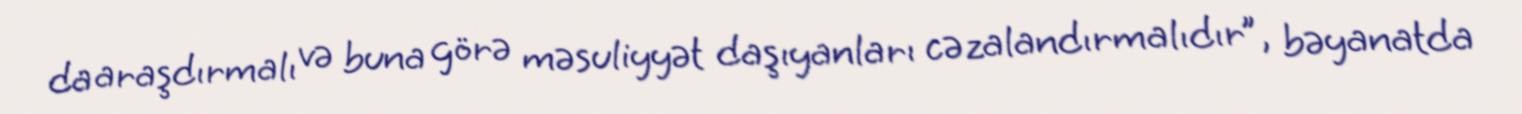
da araşdırmalı və buna görə məsuliyyət daşıyanları cəzalandırmalıdır”, bəyanatda